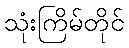
သုံးကြိမ်တိုင်